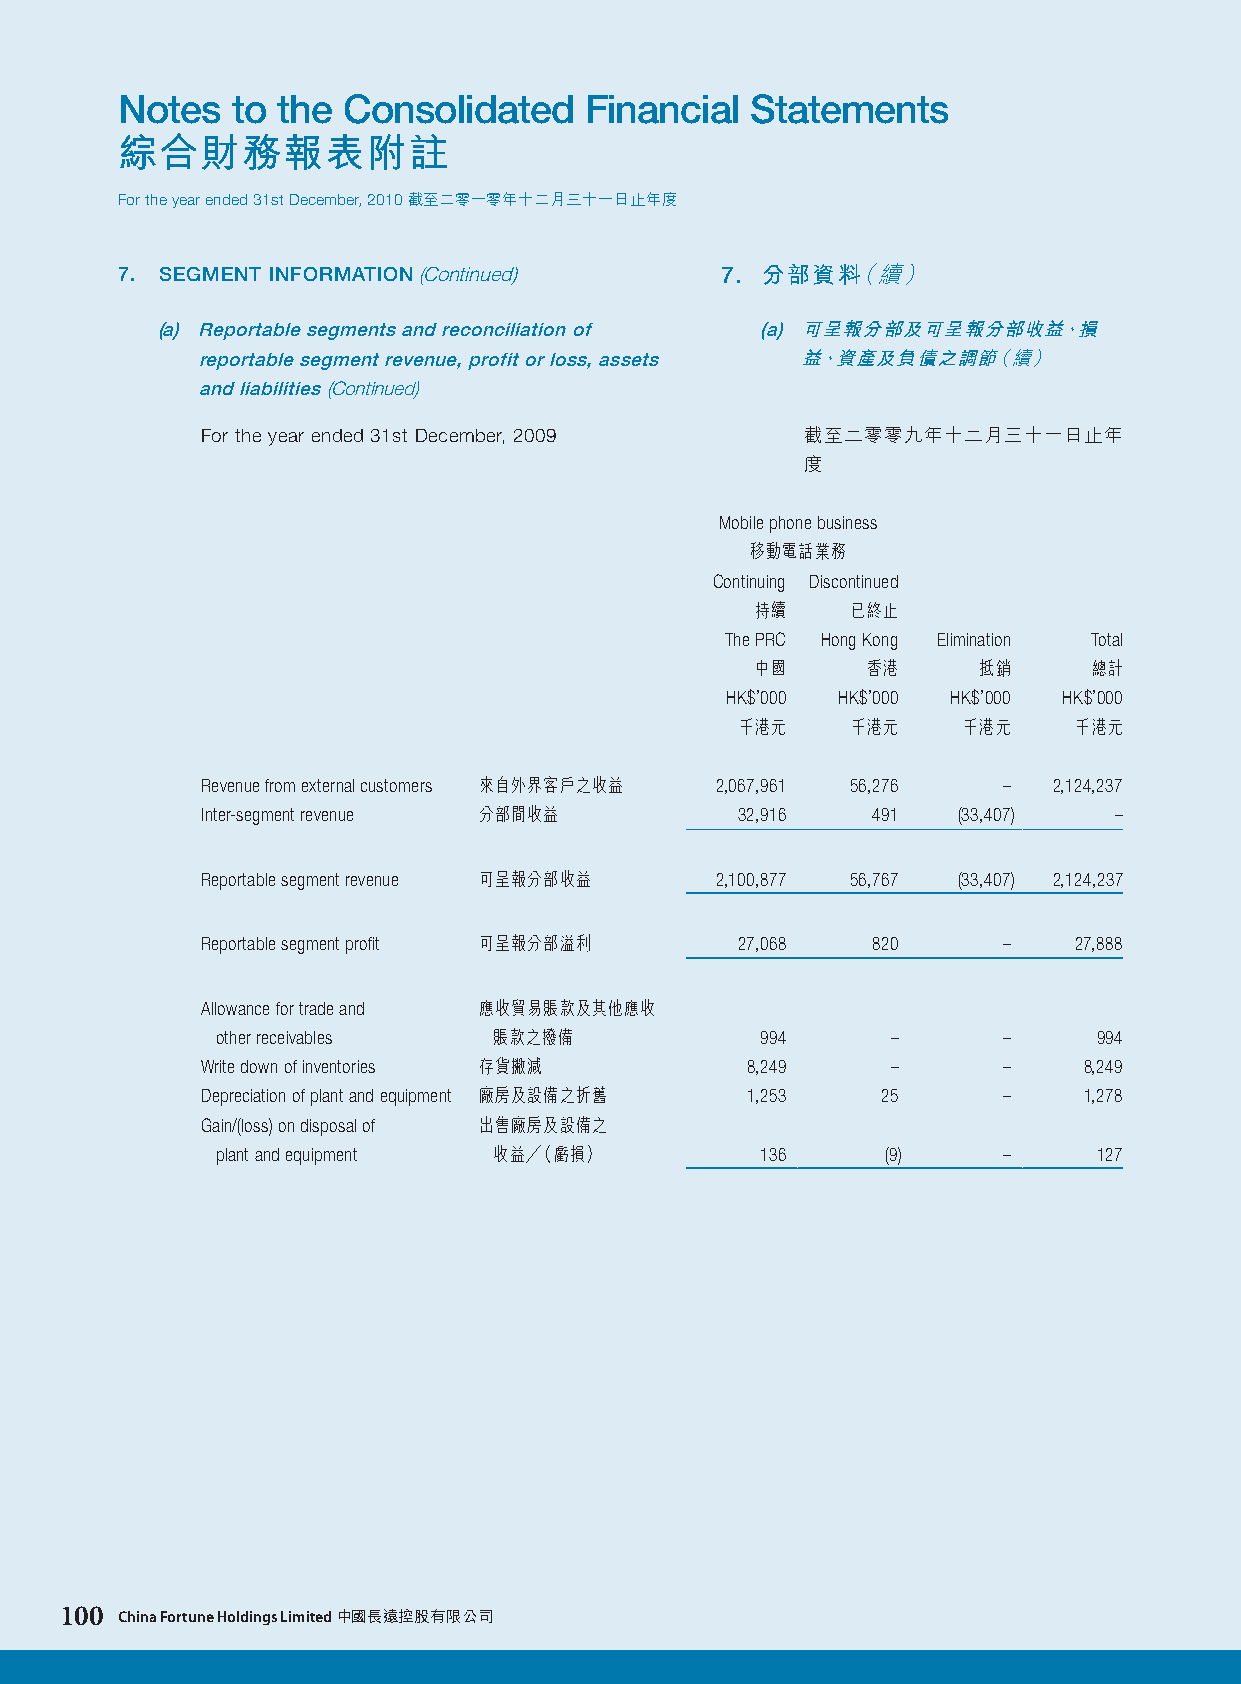
Notes  to the  Consolidated    Financial  Statements
 綜合財務報表附註
 For the year ended 31st December, 2010 截至二零一零年十二月三十一日止年度
 7. SEGMENT INFORMATION (Continued)      7. 分部資料（續）
 (a) Reportable segments and reconciliation of (a) 可呈報分部及可呈報分部收益、損
 reportable segment revenue, profit or loss, assets 益、資產及負債之調節（續）
 and liabilities (Continued)
 For the year ended 31st December, 2009  截至二零零九年十二月三十一日止年
 度
 Mobile phone business
 移動電話業務
 Continuing Discontinued
 持續    已終止
 The PRC Hong Kong Elimination Total
 中國     香港      抵銷     總計
 HK$’000 HK$’000 HK$’000 HK$’000
 千港元    千港元     千港元    千港元
 Revenue from external customers 來自外界客戶之收益 2,067,961 56,276 – 2,124,237
 Inter-segment revenue 分部間收益         32,916   491  (33,407)   –
 Reportable segment revenue 可呈報分部收益 2,100,877 56,767 (33,407) 2,124,237
 Reportable segment profit 可呈報分部溢利   27,068   820     –    27,888
 Allowance for trade and 應收貿易賬款及其他應收
 other receivables  賬款之撥備            994      –      –      994
 Write down of inventories 存貨撇減      8,249     –      –     8,249
 Depreciation of plant and equipment 廠房及設備之折舊 1,253 25 –    1,278
 Gain/(loss) on disposal of 出售廠房及設備之
 plant and equipment 收益╱（虧損）         136      (9)    –      127
 100 China Fortune Holdings Limited 中國長遠控股有限公司